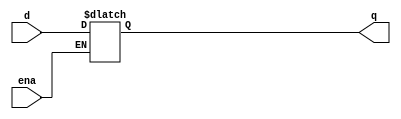
module top_module (
    input d, 
    input ena,
    output q
    );

    always@(*)begin
	if(ena)
            q <= d;
    end

endmodule